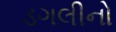
ડગલીનો